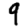
Digit: 9